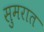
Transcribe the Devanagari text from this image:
सुमरात